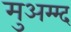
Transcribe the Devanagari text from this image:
मुअम्म्द